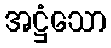
အဋ္ဌံသော